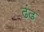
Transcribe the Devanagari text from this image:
ढंढ